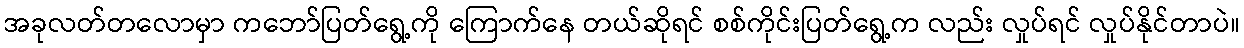
အခုလတ်တလောမှာ ကဘော်ပြတ်ရွေ့ကို ကြောက်နေ တယ်ဆိုရင် စစ်ကိုင်းပြတ်ရွေ့က လည်း လှုပ်ရင် လှုပ်နိုင်တာပဲ။